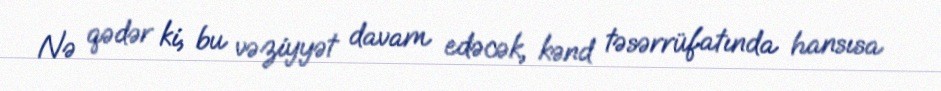
Nə qədər ki, bu vəziyyət davam edəcək, kənd təsərrüfatında hansısa